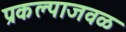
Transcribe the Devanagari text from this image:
प्रकल्पाजवळ